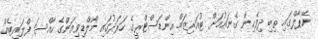
ނޭޕާލްގައި ތިބި ދިވެހިން ގެނައުމަށް ޓުއަރިޒަމް އިންޑަސްޓްރީގެ ހަރަދުގައި މޯލްޑިވިއަންގެ ހާއްސަ ފްލައިޓެއް